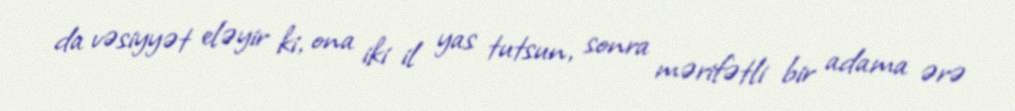
da vəsiyyət eləyir ki, ona iki il yas tutsun, sonra mərifətli bir adama ərə